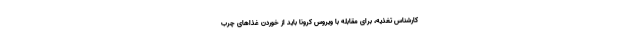
کارشناس تغذیه، برای مقابله با ویروس کرونا باید از خوردن غذاهای چرب